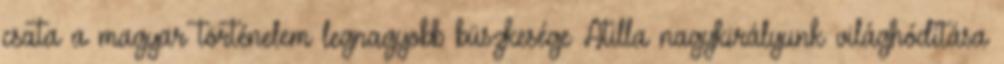
csata a magyar történelem legnagyobb büszkesége Atilla nagykirályunk világhódítása